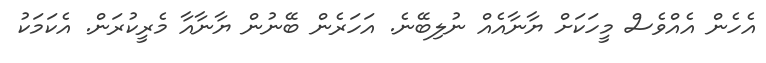
އެހެން އެއްވެސް މީހަކަށް ޔާނާއެއް ނުލިބޭނެ. އަހަރެން ބޭނުން ޔާނާއާ މެރީކުރަން. އެކަމަކު